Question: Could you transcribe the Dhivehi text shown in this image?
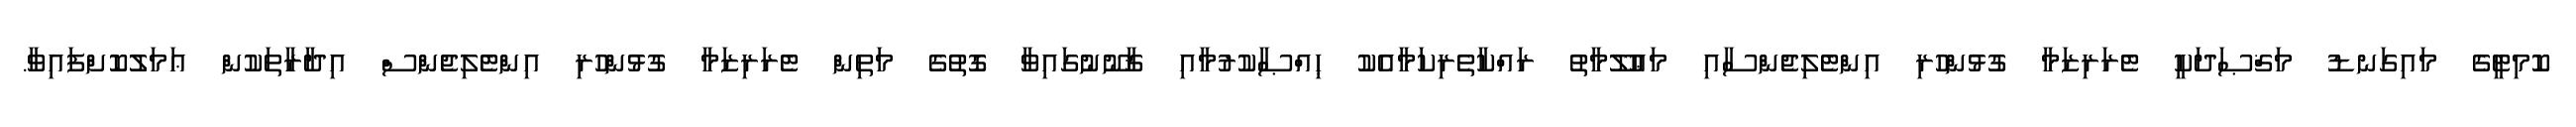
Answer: ކޮމިޓީގެ މައިގަނޑު މަޤްޞަދަކީ ޓެރަރިޒަމާ ގުޅުންހުރި އިންޓެލިޖެންސާއި މަޢުލޫމާތު ރައްކާތެރިކަމާއެކު ޙިއްޞާކުރުމާއި ޤާނޫނުގައިވާ ގޮތުގެ މަތިން ޓެރަރިޒަމާ ގުޅުންހުރި އިންޓެލިޖެންސް އިދާރާތަކުން ޢަމަލުކޮށްފައިވާ.